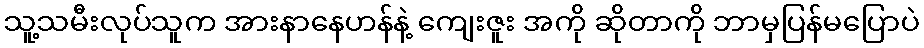
သူ့သမီးလုပ်သူက အားနာနေဟန်နဲ့ ကျေးဇူး အကို ဆိုတာကို ဘာမှပြန်မပြောပဲ